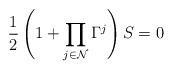
LaTeX: \begin{align*}{1\over 2}\left(1+\prod\limits_{j\in {\cal N}}\Gamma^j\right)S=0\end{align*}